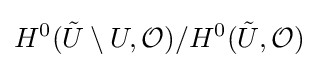
H^{0}({\tilde {U}}\setminus U,{\mathcal {O}})/H^{0}({\tilde {U}},{\mathcal {O}})